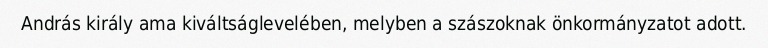
András király ama kiváltságlevelében, melyben a szászoknak önkormányzatot adott.